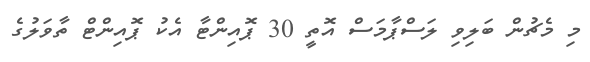
މި މެޗުން ބަލިވި ލަސްޕާމަސް އޮތީ 30 ޕޮއިންޓާ އެކު ޕޮއިންޓް ތާވަލުގެ